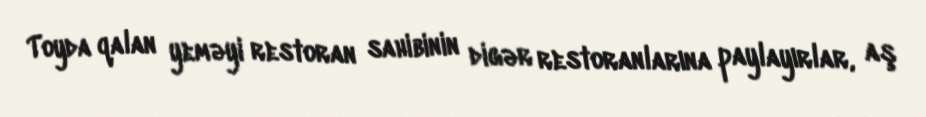
Toyda qalan yeməyi restoran sahibinin digər restoranlarına paylayırlar, aş